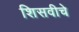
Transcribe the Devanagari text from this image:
शिसवीचे